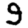
Digit: 9